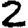
Digit: 2